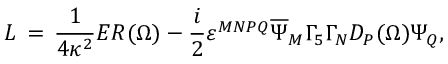
{ \cal L } \, = \, \frac { 1 } { 4 \kappa ^ { 2 } } E R ( \Omega ) - \frac { i } { 2 } \varepsilon ^ { M N P Q } \overline { { { \Psi } } } _ { M } \Gamma _ { 5 } \Gamma _ { N } { \cal D } _ { P } ( \Omega ) \Psi _ { Q } ,